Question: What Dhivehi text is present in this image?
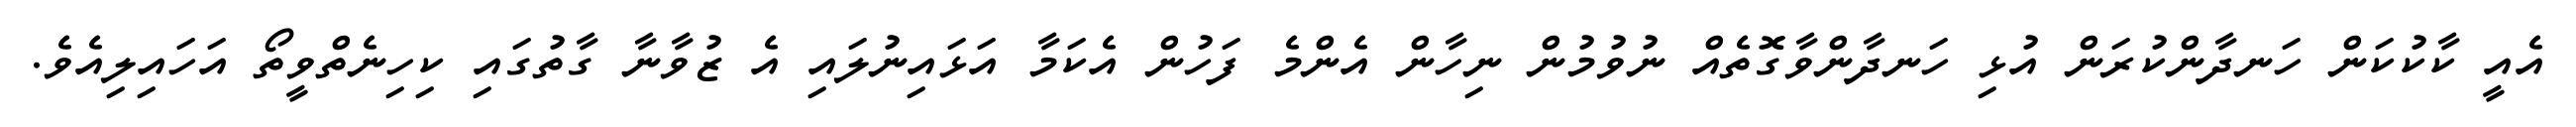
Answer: އެއީ ކާކުކަން ހަނދާންކުރަން އުޅި ހަނދާންވާގޮތެއް ނުވުމުން ނިހާން އެންމެ ފަހުން އެކަމާ އަޅައިނުލައި އެ ޒުވާނާ ގާތުގައި ކިހިނެތްވީތޯ އަހައިލިއެވެ.